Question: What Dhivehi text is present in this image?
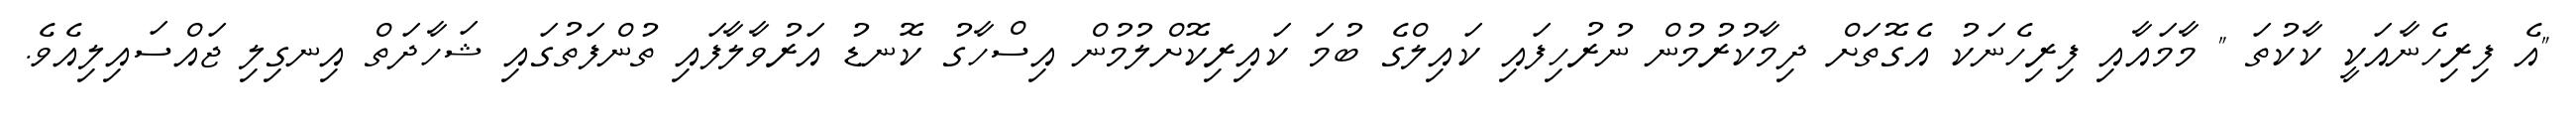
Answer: "އެ ފިރިހެނާއަކީ ކާކުތަ " މާމައާއި ފިރިހެނަކު އެގޮތަށް ދިމާކުރުމުން ނުރުހިފައި ކައިލްގެ ބުމަ ކައިރިކޮށްލުމުން އިސްހާގު ކޮނޑު އަރުވާލާފައި ތުންފަތުގައި ޝަހާދަތް އިނގިލި ޖައްސައިލިއެވެ.